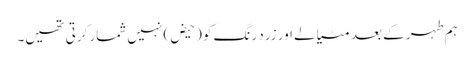
ہم طہر کے بعد مٹیالے اور زرد رنگ کو (حیض) نہیں شمار کرتی تھیں۔